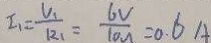
I _ { 1 } = \frac { V _ { 1 } } { R _ { 1 } } = \frac { 6 V } { 1 0 \Omega } = 0 . 6 A